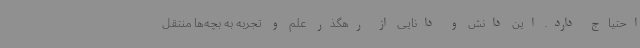
احتیاج دارد. این دانش و دانایی از رهگذر علم و تجربه به بچه‌ها منتقل